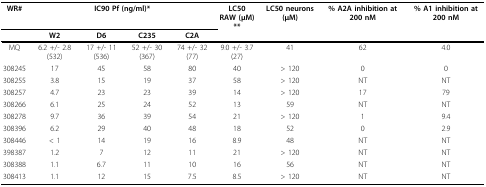
<table><thead><tr><td><b>WR#</b></td><td colspan="4"><b>IC90 Pf (ng/ml)*</b></td><td><b>LC50RAW (μM)**</b></td><td><b>LC50 neurons (μM)</b></td><td><b>% A2A inhibition at 200 nM</b></td><td><b>% A1 inhibition at 200 nM</b></td></tr><tr><td></td><td><b>W2</b></td><td><b>D6</b></td><td><b>C235</b></td><td><b>C2A</b></td><td></td><td></td><td></td><td></td></tr></thead><tbody><tr><td>MQ</td><td>6.2 +/- 2.8 (532)</td><td>17 +/- 11(536)</td><td>52 +/- 30 (367)</td><td>74 +/- 32 (77)</td><td>9.0 +/- 3.7 (27)</td><td>41</td><td>62</td><td>4.0</td></tr><tr><td>308245</td><td>17</td><td>45</td><td>58</td><td>80</td><td>40</td><td>&gt; 120</td><td>0</td><td>0</td></tr><tr><td>308255</td><td>3.8</td><td>15</td><td>19</td><td>37</td><td>58</td><td>&gt; 120</td><td>NT</td><td>NT</td></tr><tr><td>308257</td><td>4.7</td><td>23</td><td>23</td><td>39</td><td>14</td><td>&gt; 120</td><td>17</td><td>79</td></tr><tr><td>308266</td><td>6.1</td><td>25</td><td>24</td><td>52</td><td>13</td><td>59</td><td>NT</td><td>NT</td></tr><tr><td>308278</td><td>9.7</td><td>36</td><td>39</td><td>54</td><td>21</td><td>&gt; 120</td><td>1</td><td>9.4</td></tr><tr><td>308396</td><td>6.2</td><td>29</td><td>40</td><td>48</td><td>18</td><td>52</td><td>0</td><td>2.9</td></tr><tr><td>308446</td><td>&lt; 1</td><td>14</td><td>19</td><td>16</td><td>8.9</td><td>48</td><td>NT</td><td>NT</td></tr><tr><td>398387</td><td>1.2</td><td>7</td><td>12</td><td>11</td><td>21</td><td>&gt; 120</td><td>NT</td><td>NT</td></tr><tr><td>308388</td><td>1.1</td><td>6.7</td><td>11</td><td>10</td><td>16</td><td>56</td><td>NT</td><td>NT</td></tr><tr><td>308413</td><td>1.1</td><td>12</td><td>15</td><td>7.5</td><td>8.5</td><td>&gt; 120</td><td>NT</td><td>NT</td></tr></tbody></table>